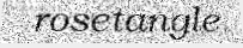
rosetangle